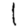
Digit: 1